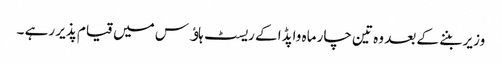
وزیر بننے کے بعد وہ تین چار ماہ واپڈا کے ریسٹ ہاﺅس میں قیام پذیر رہے ۔